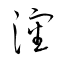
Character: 瀋